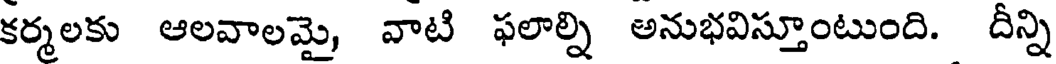
కర్మలకు ఆలవాలమై, వాటి ఫలాల్ని అనుభవిస్తూంటుంది. దీన్ని